Civil Veterinary Dept. Bombay admin report 1900-1906 - 1900-1906
Year: 1900
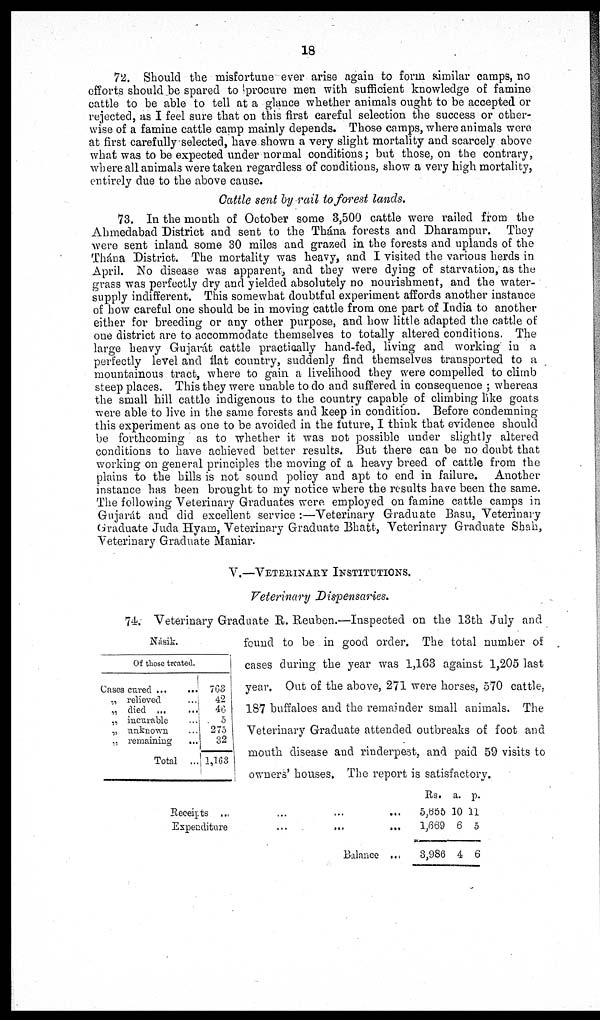
18
72. Should the misfortune ever arise again to form similar camps, no
efforts should be spared to procure men with sufficient knowledge of famine
cattle to be able to tell at a glance whether animals ought to be accepted or
rejected, as I feel sure that on this first careful selection the success or other-
wise of a famine cattle camp mainly depends. Those camps, where animals were
at first carefully selected, have shown a very slight mortality and scarcely above
what was to be expected under normal conditions; but those, on the contrary,
where all animals were taken regardless of conditions, show a very high mortality,
entirely due to the above cause.
Cattle sent by rail to forest lands.
73. In the month of October some 3,500 cattle were railed from the
Ahmedabad District and sent to the Thána forests and Dharampur. They
were sent inland some 30 miles and grazed in the forests and uplands of the
Thána District. The mortality was heavy, and I visited the various herds in
April. No disease was apparent, and they were dying of starvation, as the
grass was perfectly dry and yielded absolutely no nourishment, and the water-
supply indifferent. This somewhat doubtful experiment affords another instance
of how careful one should be in moving cattle from one part of India to another
either for breeding or any other purpose, and how little adapted the cattle of
one district are to accommodate themselves to totally altered conditions. The
large heavy Gujarát cattle practically hand-fed, living and working in a
perfectly level and flat country, suddenly find themselves transported to a
mountainous tract, where to gain a livelihood they were compelled to climb
steep places. This they were unable to do and suffered in consequence; whereas
the small hill cattle indigenous to the country capable of climbing like goats
were able to live in the same forests and keep in condition. Before condemning
this experiment as one to be avoided in the future, I think that evidence should
be forthcoming as to whether it was not possible under slightly altered
conditions to have achieved better results. But there can be no doubt that
working on general principles the moving of a heavy breed of cattle from the
plains to the hills is not sound policy and apt to end in failure. Another
instance has been brought to my notice where the results have been the same.
The following Veterinary Graduates were employed on famine cattle camps in
Gujarat and did excellent service:—Veterinary Graduate Basu, Veterinary
Graduate Juda Hyam, Veterinary Graduate Bhatt, Veterinary Graduate Shah,
Veterinary Graduate Maniar.
V.—VETERINARY
INSTRUCTION.
Veterinary Dispensaries.
Násik.
Of those treated.
Cases cured ... ...
„ relieved ...
„ died ...
...
„ incurable ...
„ unknown ...
„ remaining
...
Total ...
763
42
46
5
275
32
1,163
74. Veterinary Graduate R. Reuben.—Inspected on the 13th July and
found to be in good order. The total number of
cases during the year was 1,163 against 1,205 last
year. Out of the above, 271 were horses, 570 cattle.
187 buffaloes and the remainder small animals. The
Veterinary Graduate attended outbreaks of foot and
mouth disease and rinderpest, and paid 59 visits to
owners' houses, The report is satisfactory.
Receipts ... ...
Expenditure ...
Balance ...
Rs.
5,655
1,669
3,986
a.
10
6
4
p.
11
5
6